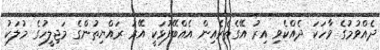
ދެއްވުމުގެ ވާހަކަ ދެއްކެވި އިރު އޭގެތެރެއިން އެއްބޭފުޅަކީ އޭރު ރައްޔިތުންގެ މަޖިލީހުގެ މުލަކު